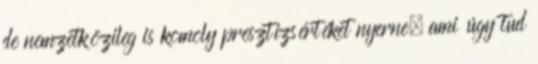
de nemzetközileg is komoly presztízsértéket nyerne, ami úgy tud